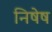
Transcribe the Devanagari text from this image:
निषेष